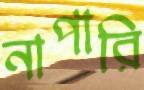
নাপারি